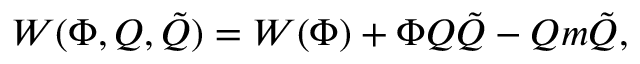
W ( \Phi , Q , \tilde { Q } ) = W ( \Phi ) + \Phi Q \tilde { Q } - Q m \tilde { Q } ,